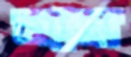
মান